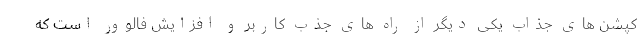
کپشن های جذاب یکی دیگر از راه های جذب کاربر و افزایش فالوور است که